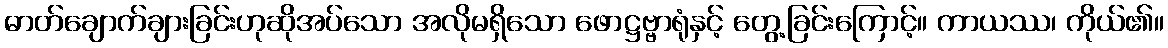
ဓာတ်ချောက်ချားခြင်းဟုဆိုအပ်သော အလိုမရှိသော ဖောဋ္ဌဗ္ဗာရုံနှင့် တွေ့ခြင်းကြောင့်။ ကာယဿ၊ ကိုယ်၏။